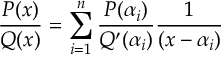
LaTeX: { \frac { P ( x ) } { Q ( x ) } } = \sum _ { i = 1 } ^ { n } { \frac { P ( \alpha _ { i } ) } { Q ^ { \prime } ( \alpha _ { i } ) } } { \frac { 1 } { ( x - \alpha _ { i } ) } }